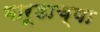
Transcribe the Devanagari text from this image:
भारूडाच्या